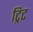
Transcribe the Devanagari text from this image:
ट्रिट